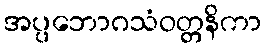
အပ္ပဘောဂသံဝတ္တနိကာ